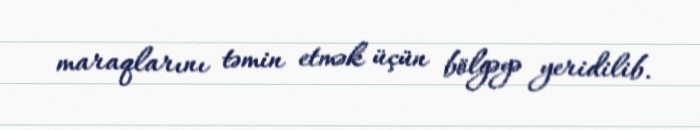
maraqlarını təmin etmək üçün bölgəyə yeridilib.